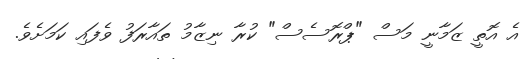
އެ އޮތީ ޒަމާނީ މަސް "ޕްރޮސެސް" ކުރާ ނިޒާމު ތައާރަފު ވެފައި ކަމަށެވެ.